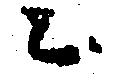
々